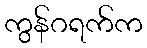
ကွန်ဂရက်က